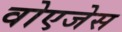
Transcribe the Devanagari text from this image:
वोएजेस